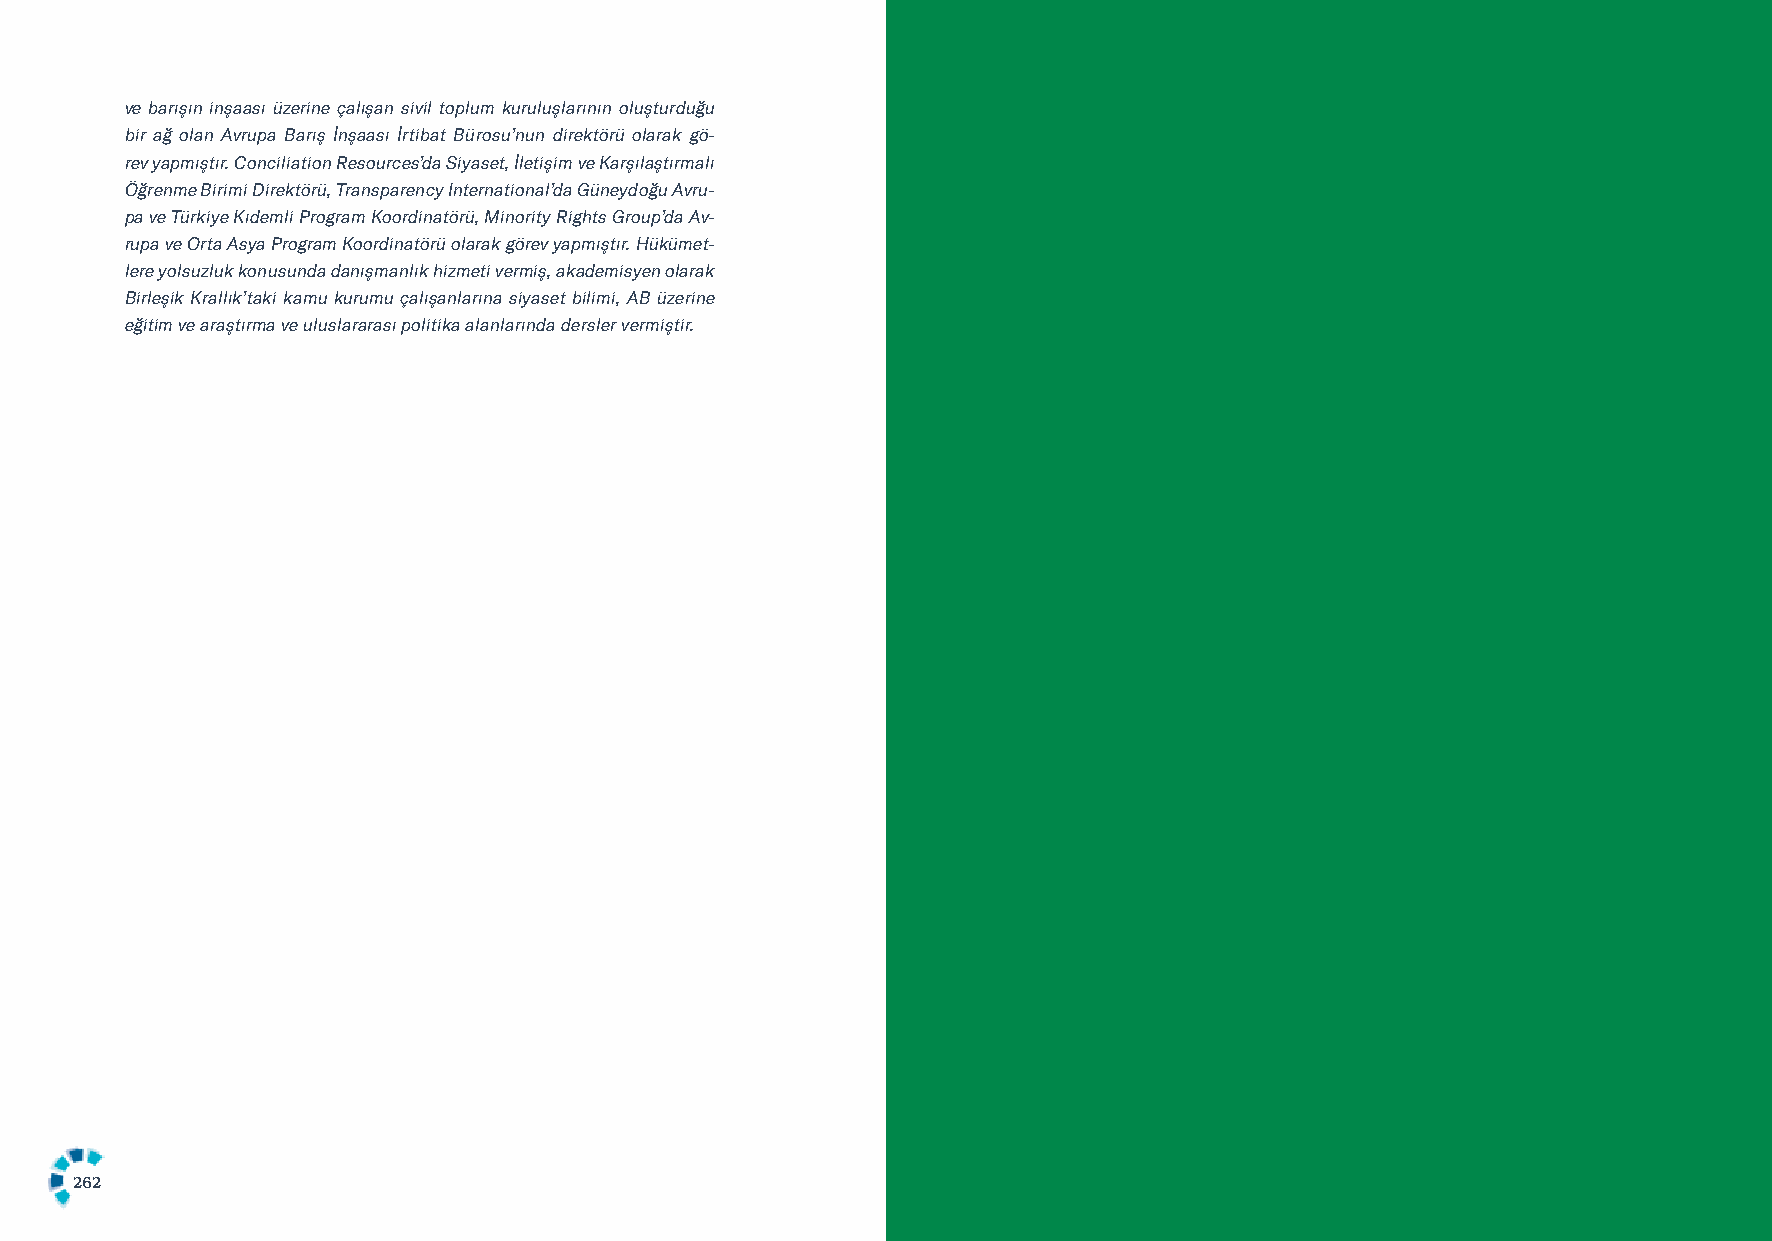
ve barışın inşaası üzerine çalışan sivil toplum kuruluşlarının oluşturduğu
 bir ağ olan Avrupa Barış İnşaası İrtibat Bürosu’nun direktörü olarak gö-
 rev yapmıştır. Conciliation Resources’da Siyaset, İletişim ve Karşılaştırmalı
 Öğrenme Birimi Direktörü, Transparency International’da Güneydoğu Avru-
 pa ve Türkiye Kıdemli Program Koordinatörü, Minority Rights Group’da Av-
 rupa ve Orta Asya Program Koordinatörü olarak görev yapmıştır. Hükümet-
 lere yolsuzluk konusunda danışmanlık hizmeti vermiş, akademisyen olarak
 Birleşik Krallık’taki kamu kurumu çalışanlarına siyaset bilimi, AB üzerine
 eğitim ve araştırma ve uluslararası politika alanlarında dersler vermiştir.
 262                                                                                                      263